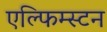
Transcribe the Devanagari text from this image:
एल्फिम्स्टन